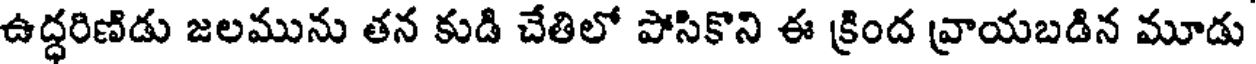
ఉద్ధరిణిడు జలమును తన కుడి చేతిలో పోసికొని ఈ క్రింద వ్రాయబడిన మూడు